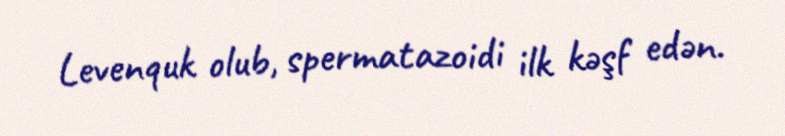
Levenquk olub, spermatazoidi ilk kəşf edən.